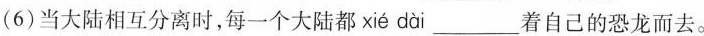
(6)当大陆相互分离时，每一个大陆都 xié dài___着自己的恐龙而去。